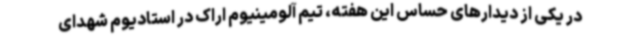
در یکی از دیدارهای حساس این هفته، تیم آلومینیوم اراک در استادیوم شهدای